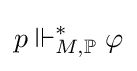
p\Vdash _{M,\mathbb {P} }^{*}\varphi